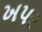
ખપર